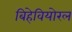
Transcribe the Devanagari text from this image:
बिहेवियोरल